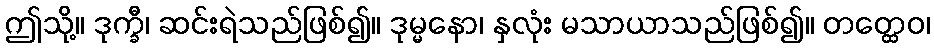
ဤသို့။ ဒုက္ခီ၊ ဆင်းရဲသည်ဖြစ်၍။ ဒုမ္မနော၊ နှလုံး မသာယာသည်ဖြစ်၍။ တတ္ထေဝ၊